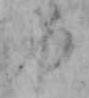
ゆ